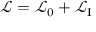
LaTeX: { \mathcal { L } } = { \mathcal { L } } _ { 0 } + { \mathcal { L } } _ { \mathrm { I } }